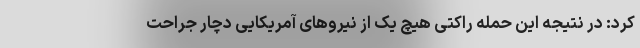
کرد: در نتیجه این حمله راکتی هیچ یک از نیروهای آمریکایی دچار جراحت